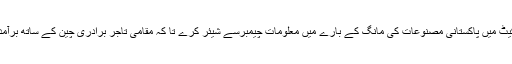
انہوں نے کہا کہ چین کا سفارتخانہ چین کی مارکیٹ میں پاکستانی مصنوعات کی مانگ کے بارے میں معلومات چیمبرسے شیئر کرے تا کہ مقامی تاجر برادری چین کے ساتھ برآمدات کو فروغ دینے کیلئے کوششیں تیز کر سکے۔